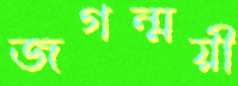
জগন্ময়ী